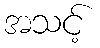
အသင့်